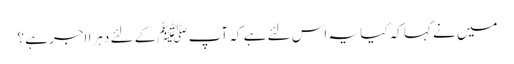
میں نے کہا کہ کیا یہ اس لئے ہے کہ آپﷺ کے لئے دہرا اجر ہے ؟